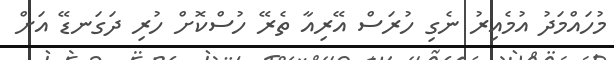
މުހައްމަދު އުމެއިރު ނެގި ހުރަސް އޭރިއާ ތެރޭ ހުސްކޮށް ހުރި ދަގަނޑޭ އަށް